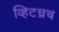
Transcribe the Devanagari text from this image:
व्हिटच्रच